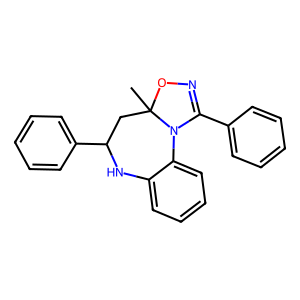
SMILES: CC12CC(c3ccccc3)Nc3ccccc3N1C(c1ccccc1)=NO2
Inhibits HIV replication: No